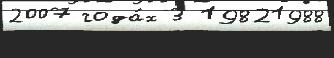
2007 года́х 3 19821988